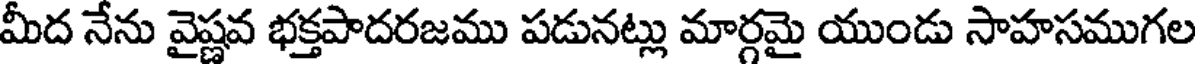
మీద నేను వైష్ణవ భక్తపాదరజము పడునట్లు మార్గమై యుండు సాహసముగల